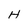
Character: H